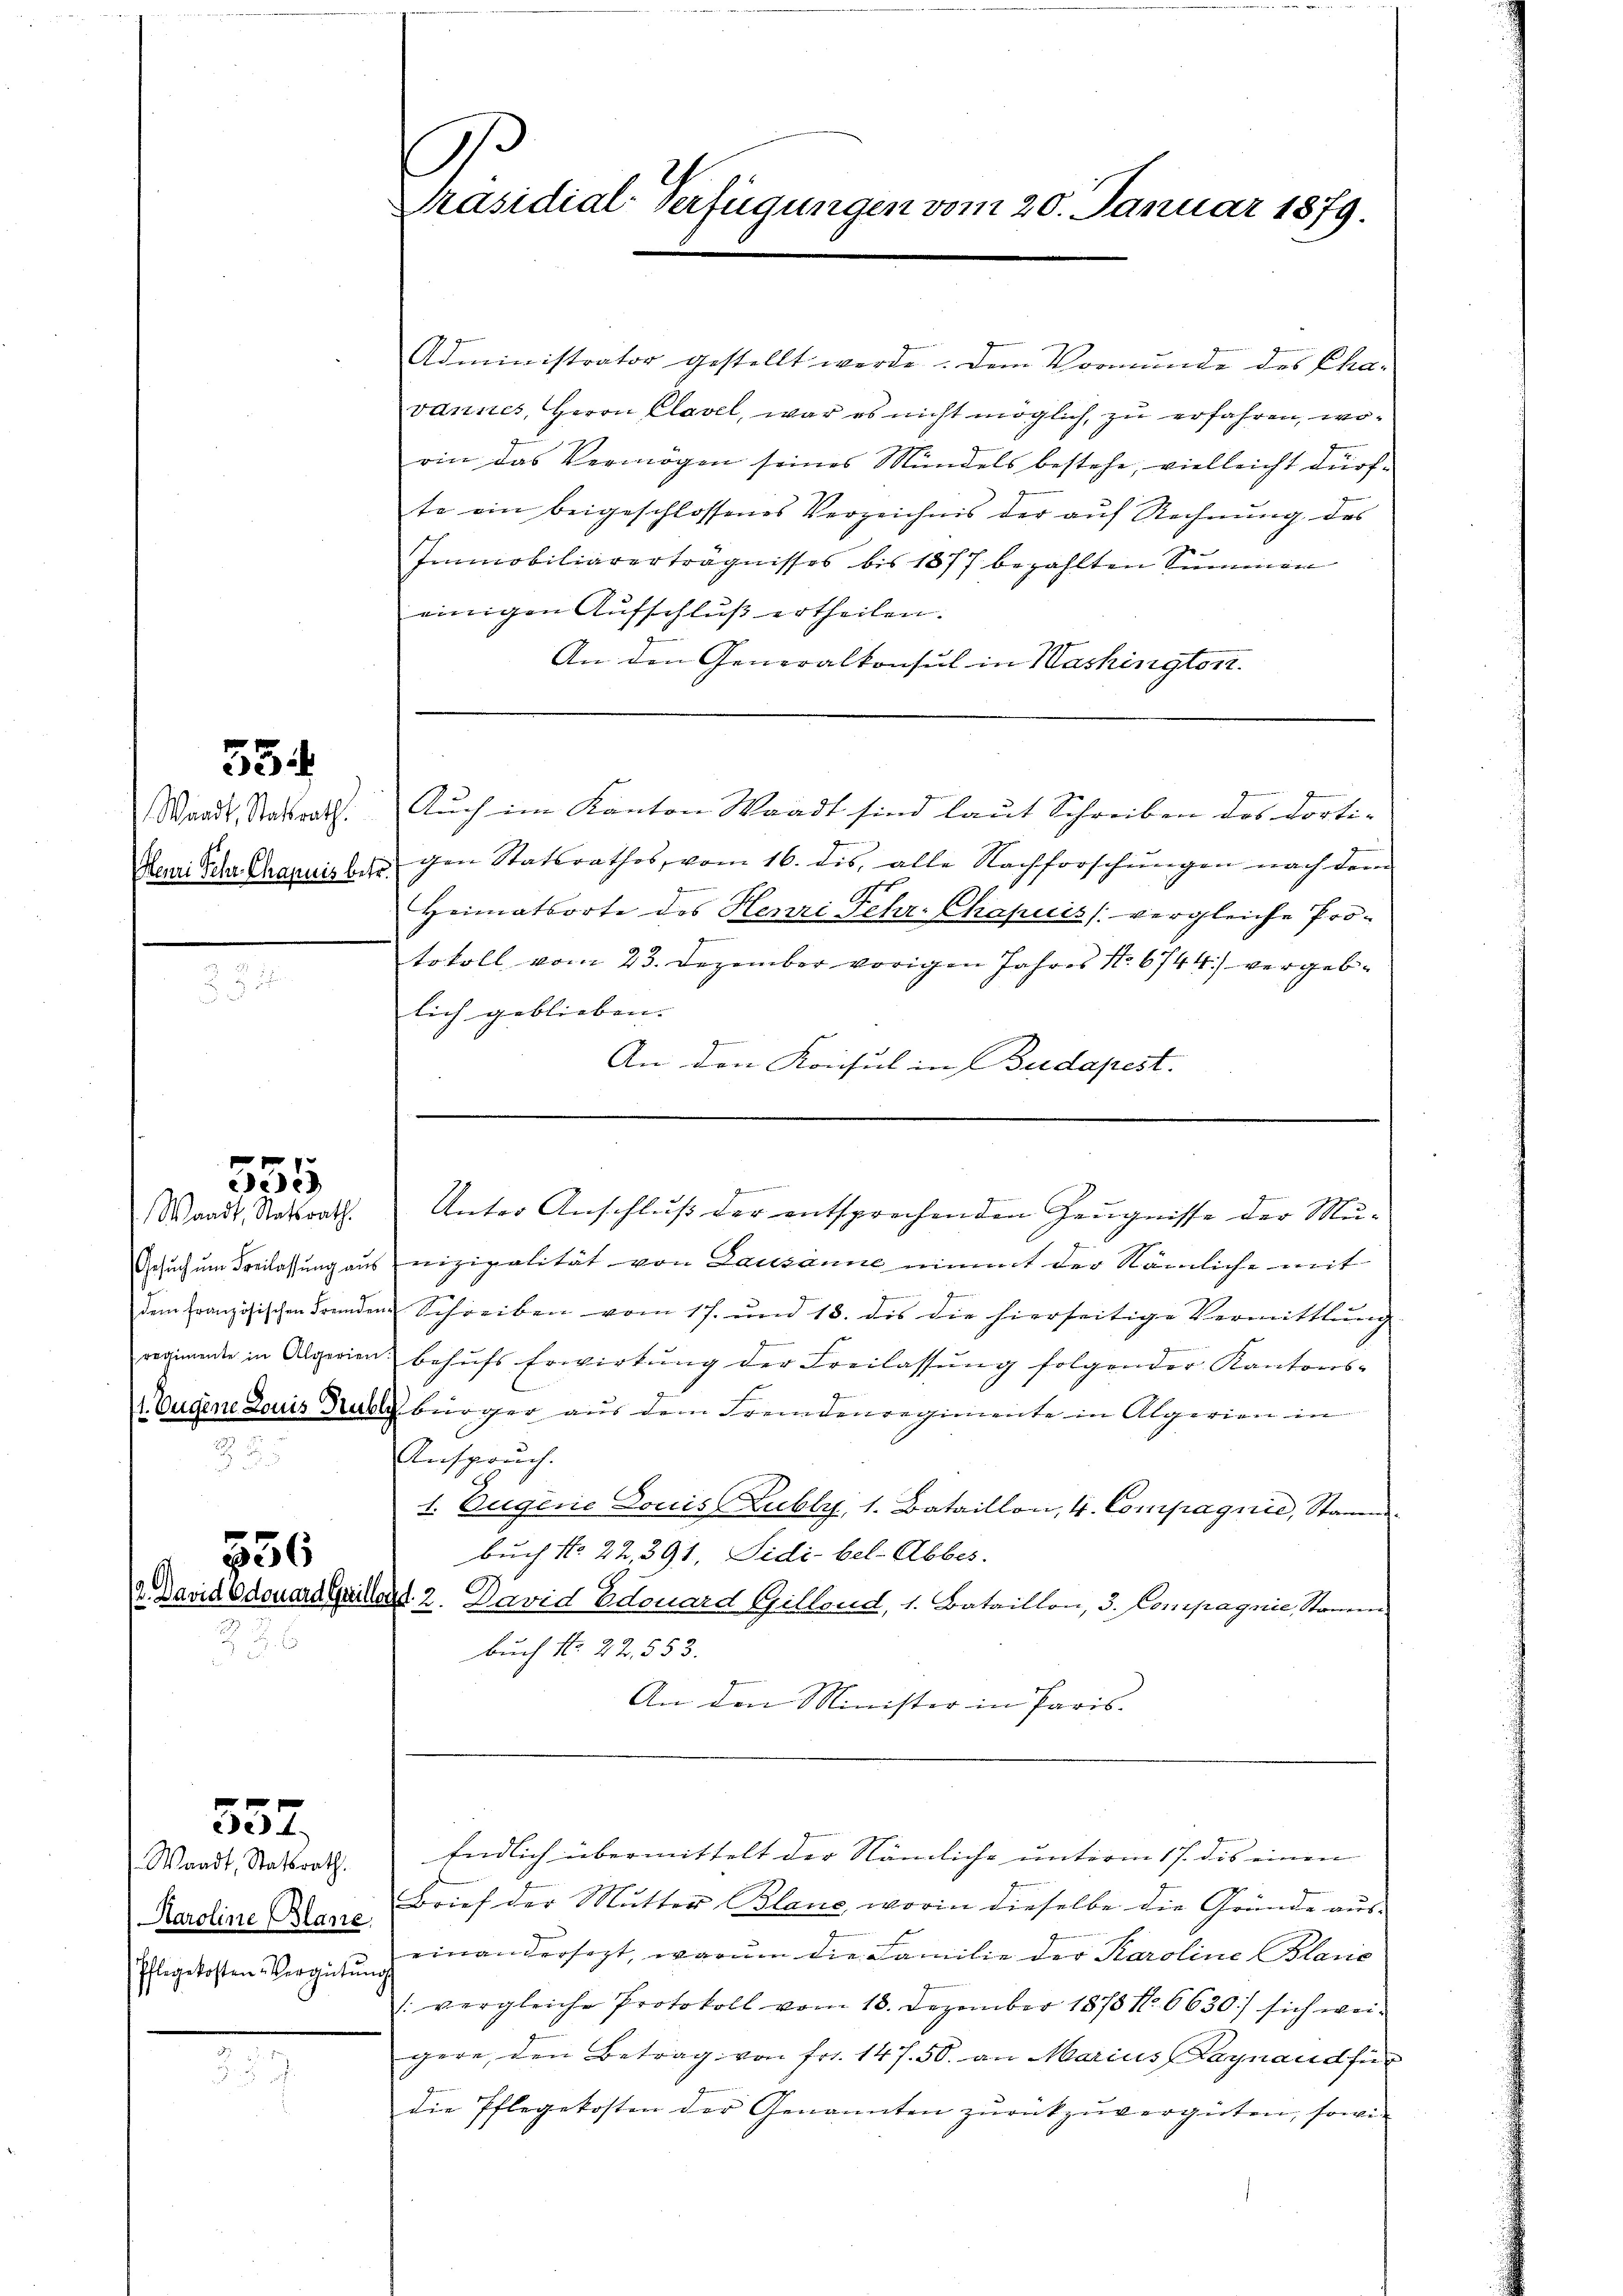
55

Henri Schr. Chapuis betr.

555
Waadt, Statsrath.

556
2. David Edouard Gre

357.

Waadt, Statsrath.
Haroline Blane
Pflegekosten-Vergütŭng.

.
Präsidial-Verfügungen vom 20. Januar 1879.

Administrator gestellt werde. Dem Vormunde des Cha-
vannes, Herrn Clavel, war es nicht möglich, zu erfahren, worin das Vermögen seines Mündels bestehe, vielleicht dürfte ein beigeschlossenes Verzeichnis der aŭf Rechnŭng des
Immobiliarerträgnisses bis 1877 bezahlten Summen
einigen Aufschluß ertheilen.
An den Generalkonsul in Washington.
Waadt, Stadtrat. Auch im Kanton Waadt sind laut Schreiben des dortigen Statsrathes, vom 16. dis, alle Nachforschungen nach dem
n
C
Heimatsorte des Henri sehr. Chapuis (vergleiche Protokoll vom 23. Dezember vorigen Jahres No. 6744) vergeblich geblieben. |
An den Konsul in Budapest.

Unter Anschluß der entsprechenden Zeugnisse der Mu¬

Gesuch um Freilassung aus nizipalität von Lausanne nimmt der Nämliche mit
e
dem französischen Fremden Schreiben vom 17. und 13. dis die hierseitige Vermittlung
regnenden in Alperien behŭfs Erwirkŭng der Freilassŭng folgender Kantons-
1 Eugene Louis Baby bürger aus dem Fremdenregimente in Algerien in
Anspruch.
1. Eugene Douis Lubly, 1. Bataillon, 4. Compagnie, Stamm
buch No. 22, 391, Sidi bel-Abbes.
aad 2. David Edouard Gillend, 1. Bataillon, 3. Compagnie, Stamm.
buch No. 22. 553.
An den Minister in Paris

Brief der Mutter Blanc, worin dieselbe die Gründe aus-
einandersezt, warum die Familie der Karoline Blasie
s: vergleiche Protokoll vom 18. Dezember 1878 No 6630/ sich weigere, den Betrag von Fr. 147. 50. an Marius Kaynaud für
die Pflegekosten der Genannten zŭrückzŭvergüten, sowie

Endlich übermittelt der Nämliche unterm 17. des einen